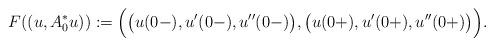
LaTeX: \begin{align*}F((u,A_0^*u)):=\Bigl(\bigl(u(0-),u'(0-),u''(0-)\bigr),\bigl(u(0+),u'(0+),u''(0+)\bigr) \Bigr).\end{align*}